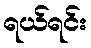
ရယ်ရင်း